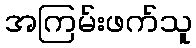
အကြမ်းဖက်သူ